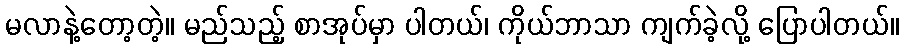
မလာနဲ့တော့တဲ့။ မည်သည့် စာအုပ်မှာ ပါတယ်၊ ကိုယ်ဘာသာ ကျက်ခဲ့လို့ ပြောပါတယ်။